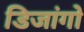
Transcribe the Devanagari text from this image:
डिजांगो